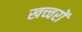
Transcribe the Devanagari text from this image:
खच्‍चरों